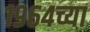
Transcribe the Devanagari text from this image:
१९६४च्या